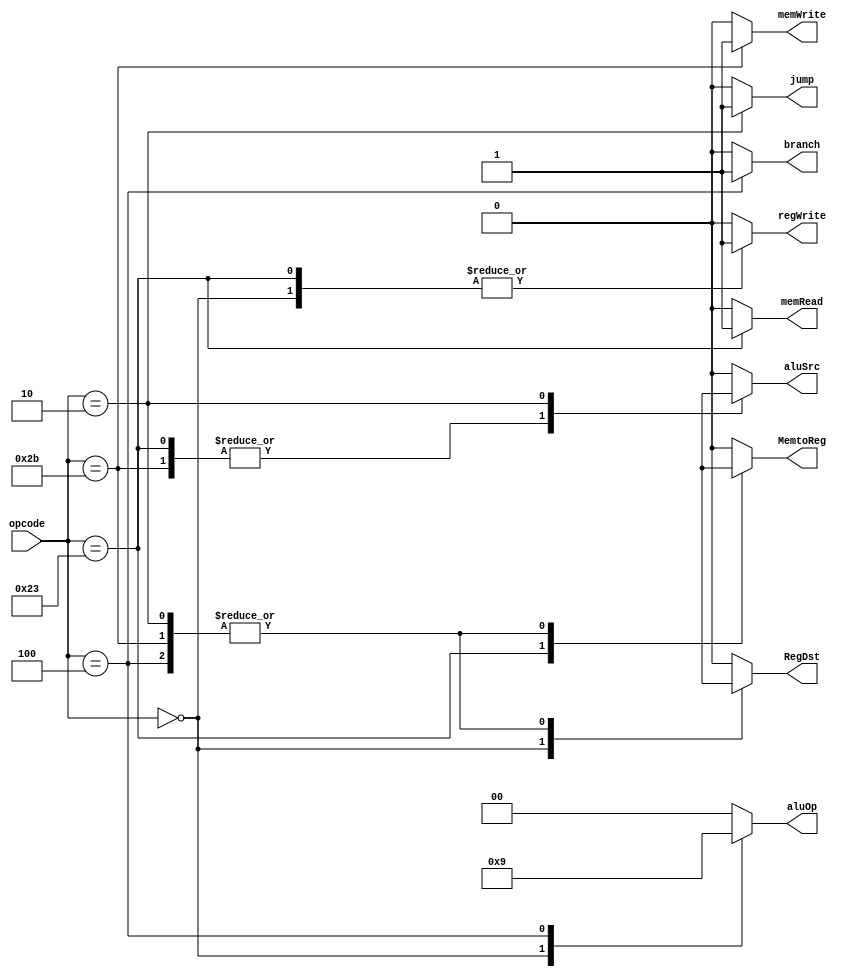
`timescale 1ns / 1ps
//////////////////////////////////////////////////////////////////////////////////
// Company: 
// Engineer: 
// 
// Design Name: 
// Module Name: main_control
// Project Name: 
// Target Devices: 
// Tool Versions: 
// Description: 
// 
// Dependencies: 
// 
// Revision:
// Revision 0.01 - File Created
// Additional Comments:
// 
//////////////////////////////////////////////////////////////////////////////////

module main_control(
input [5:0]opcode,
output reg RegDst,
output reg branch,
output reg memRead,
output reg MemtoReg,
output reg [1:0]aluOp,
output reg memWrite,
output reg aluSrc,
output reg regWrite,
output reg jump
    );

always@(opcode)
begin
case(opcode)
6'b000000: begin
 RegDst = 1'b1; /*R-format*/
 branch = 1'b0;
 memRead = 1'b0;
 MemtoReg = 1'b0;
 aluOp = 2'b10;
 memWrite = 1'b0;
 aluSrc = 1'b0;
 regWrite = 1'b1;
 jump = 1'b0;
 end
 
6'b100011: begin
 RegDst = 1'b0;/*Load Word*/
 branch = 1'b0;
 memRead = 1'b1;
 MemtoReg = 1'b1;
 aluOp = 2'b00;
 memWrite = 1'b0;
 aluSrc = 1'b1;
 regWrite = 1'b1;  
 jump = 1'b0;
 end
 
6'b101011: begin
 RegDst = 1'bx; /*Store Word*/
 branch = 1'b0;
 memRead = 1'b0;
 MemtoReg = 1'bx;
 aluOp = 2'b00;
 memWrite = 1'b1;
 aluSrc = 1'b1;
 regWrite = 1'b0;
 jump = 1'b0;
 end
 
6'b000100: begin
 RegDst = 1'bx; /*Branch Equal*/
 branch = 1'b1;
 memRead = 1'b0;
 MemtoReg = 1'bx;
 aluOp = 2'b01;
 memWrite = 1'b0;
 aluSrc = 1'b0;
 regWrite = 1'b0;
 jump = 1'b0;
 end
 
6'b000010: begin
 RegDst = 1'bx; /*Jump*/
 branch = 1'b0;
 memRead = 1'b0;
 MemtoReg = 1'bx;
 aluOp = 2'b00;
 memWrite = 1'b0;
 aluSrc = 1'bx;
 regWrite = 1'b0;
 jump = 1'b1;
 end
 
default: begin
  RegDst = 1'b0; /*default*/
  branch = 1'b0;
  memRead = 1'b0;
  MemtoReg = 1'b0;
  aluOp = 2'b00;
  memWrite = 1'b0;
  aluSrc = 1'b0;
  regWrite = 1'b0;
  jump = 1'b0;
  end
endcase  
end

endmodule